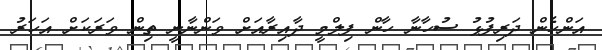
އަންހެން ދަރިފުޅު ސުހާނާ ހާން ފިލްމީ ދާއިރާއަށް ވަންނާނީ ތިން ވަރަކަށް އަހަރު